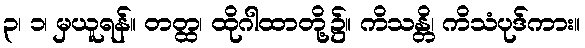
၃၊ ၁၊ မှယူရန်။ တတ္ထ၊ ထိုဂါထာတို့၌။ ကိသန္တိ၊ ကိသံပုဒ်ကား။